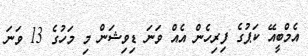
އެމްބީއޭ ކަޕުގެ ފިރިހެން އެއް ވަނަ ޑިވިޝަން މި މަހުގެ 13 ވަނަ